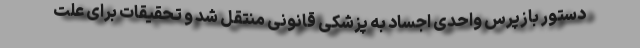
دستور بازپرس واحدی اجساد به پزشکی قانونی منتقل شد و تحقیقات برای علت